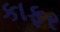
કાફર